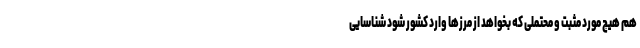
هم هیچ مورد مثبت و محتملی که بخواهد از مرزها وارد کشور شود شناسایی